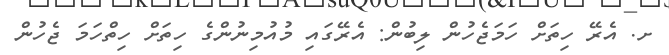
ށ. އެރޭ ހިތަށް ހަމަޖެހުން ލިބުން: އެރޭގައި މުއުމިނުންގެ ހިތަށް ހިތްހަމަ ޖެހުން